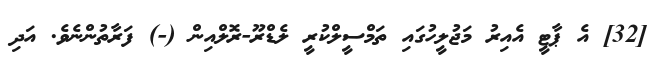
[32] އެ ޕާޓީ އެއިރު މަޖުލީހުގައި ތަމްސީލްކުރީ ލެޑްރޫ-ރޮލްއިން (-) ފަރާތުންނެވެ. އަދި